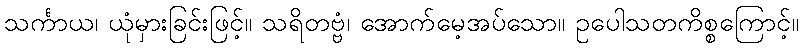
သင်္ကာယ၊ ယုံမှားခြင်းဖြင့်။ သရိတဗ္ဗံ၊ အောက်မေ့အပ်သော။ ဥပေါသတကိစ္စကြောင့်။